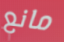
مانع